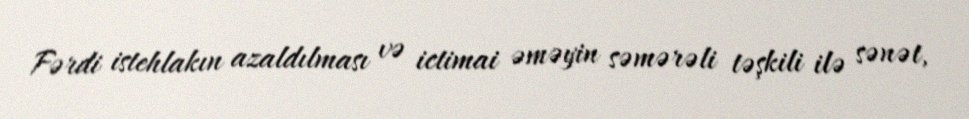
Fərdi istehlakın azaldılması və ictimai əməyin səmərəli təşkili ilə sənət,